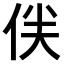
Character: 𠈖